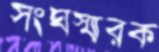
সংঘস্মারক